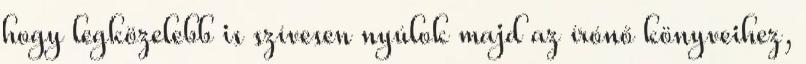
hogy legközelebb is szívesen nyúlok majd az írónő könyveihez,